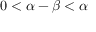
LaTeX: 0 < \alpha - \beta < \alpha